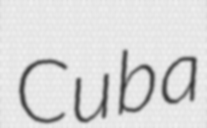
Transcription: Cuba